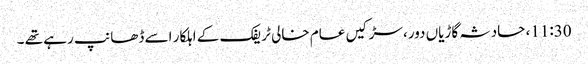
11:30، حادثہ گاڑیاں دور، سڑکیں عام خالی ٹریفک کے اہلکار اسے ڈھانپ رہے تھے ۔